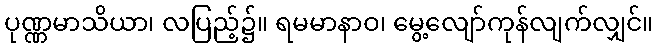
ပုဏ္ဏမာသိယာ၊ လပြည့်၌။ ရမမာနာဝ၊ မွေ့လျော်ကုန်လျက်လျှင်။